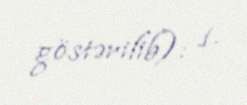
göstərilib): 1.